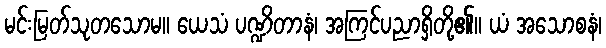
မင်းမြတ်သုတသောမ။ ယေသံ ပဏ္ဍိတာနံ၊ အကြင်ပညာရှိတို့၏။ ယံ အသောစနံ၊